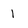
Character: 1